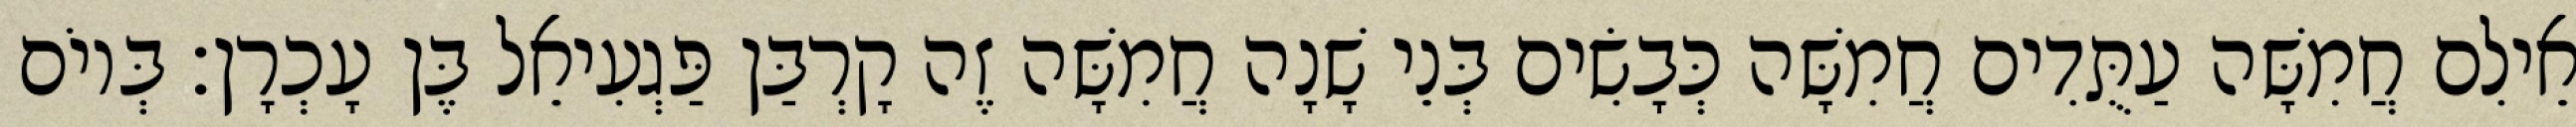
אֵילִם חֲמִשָּׁה עַתֻּדִים חֲמִשָּׁה כְּבָשִׂים בְּנֵי שָׁנָה חֲמִשָּׁה זֶה קָרְבַּן פַּגְעִיאֵל בֶּן עָכְרָן׃ בְּיוֹם